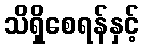
သိရှိစေရန်နှင့်